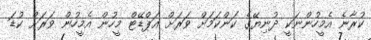
ކުރާނެ އެމީހުންނަކީ ދުނިޔޭގެ ކަންކަމަށް ވަރަށް އަޕްޑޭޓް މީހުން އެމީހުން ވަރަށް ކުޑަ